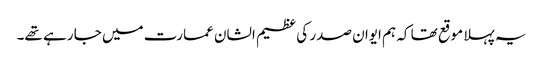
یہ پہلا موقع تھا کہ ہم ایوان صدر کی عظیم الشان عمارت میں جا رہے تھے۔